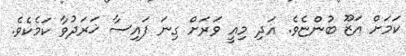
ކަމަށް އަޒޫ ބުންޏެވެ. އަދި މިއީ ވަރަށް ގިނަ ފައިސާ ޚަރަދުވާ ކަމެކެވެ.